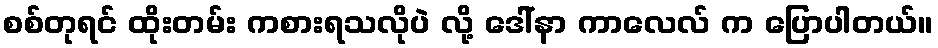
စစ်တုရင် ထိုးတမ်း ကစားရသလိုပဲ လို့ ဒေါ်နာ ကာလေလ် က ပြောပါတယ်။